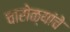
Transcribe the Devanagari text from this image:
चारोळ्यांचे